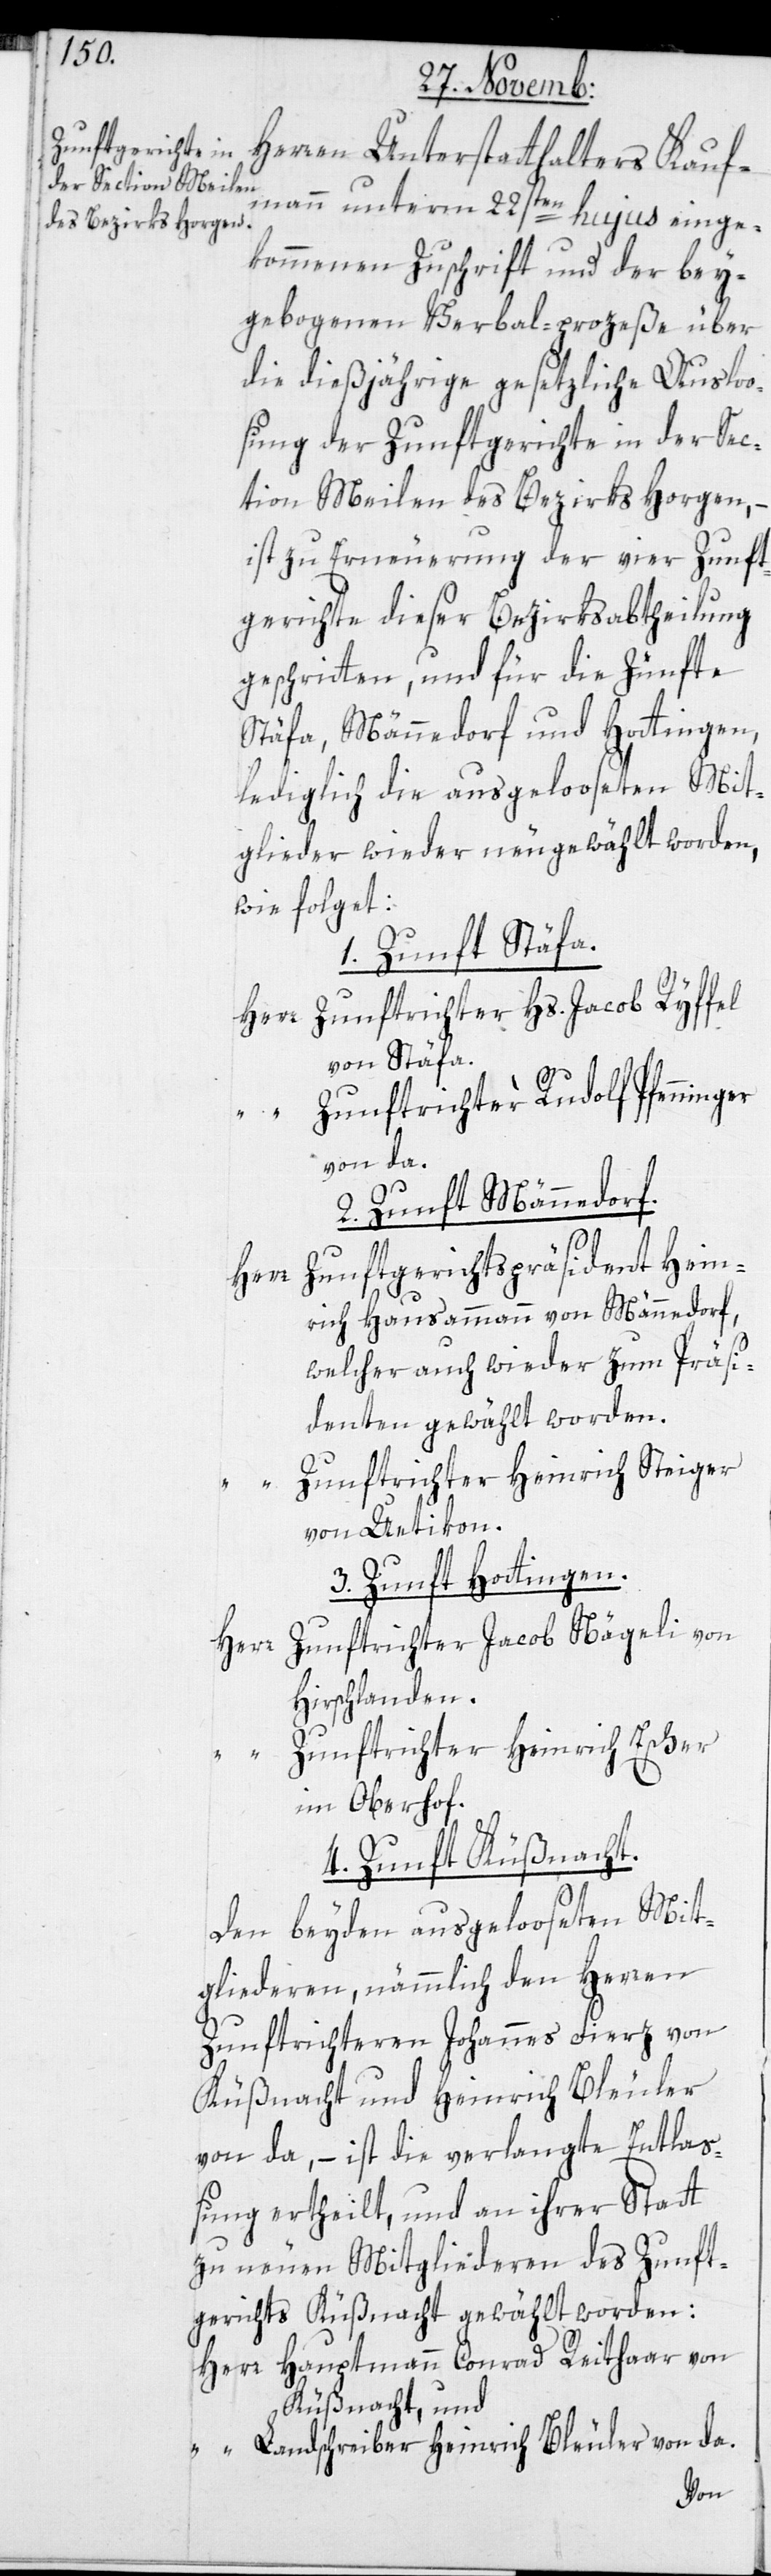
Herren Unterstatthalters Kauf¬
mann unterm 22sten hujus einge¬
kommenen Zuschrift und der bey¬
gebogenen Verbal-prozeße über
die dießjährige gesetzliche Auslo¬
osung der Zunftgerichte in der Sec¬
tion Meilen des Bezirks Horgen, –
ist zu Erneuerung der vier Zunft¬
gerichte dieser Bezirksabtheilung
geschritten, und für die Zünfte
Stäfa, Männedorf und Hottingen,
lediglich die ausgelooseten Mit¬
glieder wieder neugewählt worden,
wie folget:
1. Zunft Stäfa.
Herr Zunftrichter Hs. Jacob Ryffel
von Stäfa.
Zunftrichter Rudolf Pfenninger
von da.
2. Zunft Männedorf.
Zunftgerichtspräsident Hein¬
rich Hausammann von Männedorf,
welcher auch wieder zum Präsi¬
denten gewählt worden.
Zunftrichter Heinrich Steiger
von Uetikon.
3. Zunft Hottingen.
Zunftrichter Jacob Nägeli von
Herr
Hirslanden.
Zunftrichter Heinrich Escher
im Oberhof.
4. Zunft Küßnacht.
Den beyden ausgelooseten Mit¬
gliederen, nämmlich den Herren
Zunftrichteren Johannes Fierz von
Küßnacht und Heinrich Bleuler
von da, – ist die verlangte Entlaß¬
ung ertheilt, und an ihrer Statt
zu neuen Mitgliederen des Zunft¬
gerichts Küßnacht gewählt worden:
Herr Hauptmann Conrad Reithaar von
Küßnacht; und
“ Landschreiber Heinrich Bleuler von da.